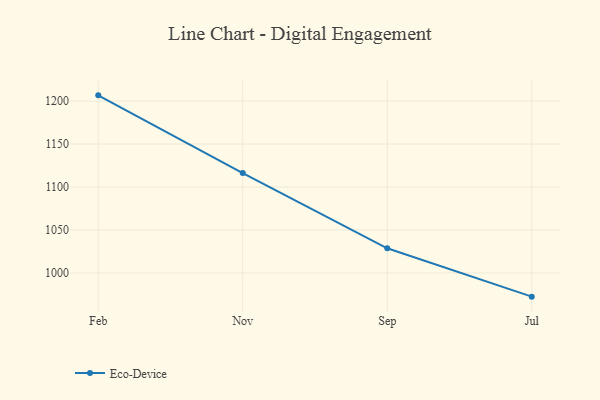
{"axis": {"x": "Month", "y": "Market Share (%)"}, "legend": ["Eco-Device"], "data": [{"x": "Feb", "y": 1206.7, "type": "Eco-Device"}, {"x": "Nov", "y": 1116.2, "type": "Eco-Device"}, {"x": "Sep", "y": 1028.7, "type": "Eco-Device"}, {"x": "Jul", "y": 972.4, "type": "Eco-Device"}]}